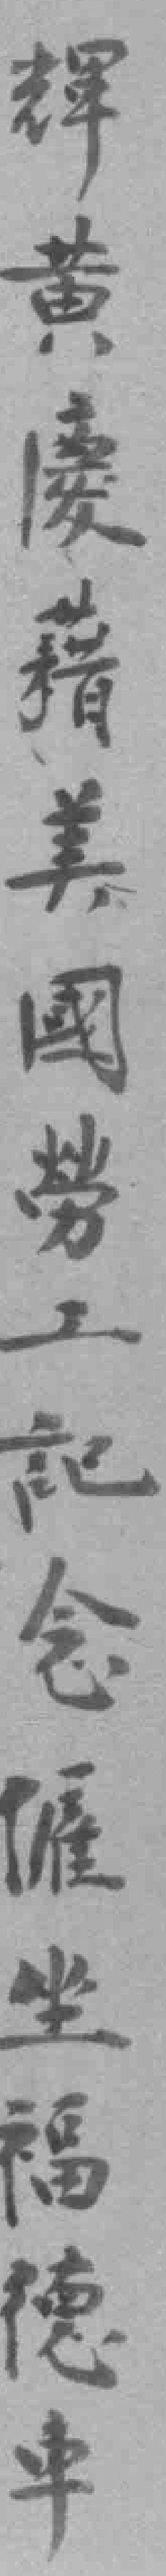
輝黃慶籍美國勞工記念*坐福德車